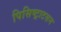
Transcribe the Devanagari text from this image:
पिसिष्ट्राटसन